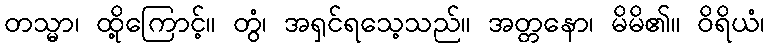
တသ္မာ၊ ထို့ကြောင့်။ တွံ၊ အရှင်ရသေ့သည်။ အတ္တနော၊ မိမိ၏။ ဝိရိယံ၊